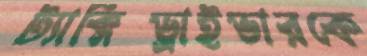
ট্যাক্সিড্রাইভারকে